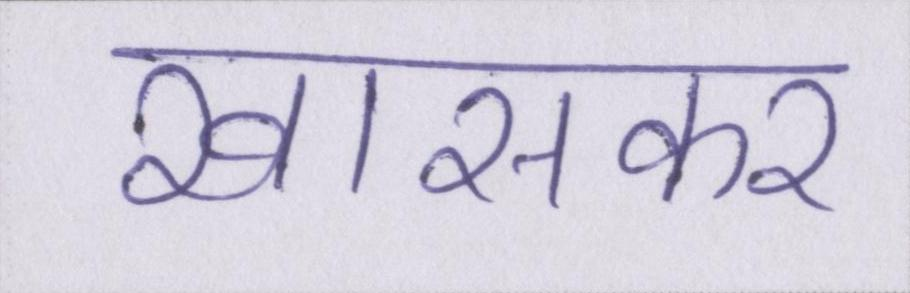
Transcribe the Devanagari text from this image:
खासकर